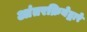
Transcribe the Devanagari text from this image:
आंतरक्रियेद्वारे